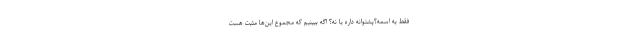
فقط یه اسمه؟پشتوانه داره یا نه؟ اگه ببینیم که مجموع این­ها مثبت هست